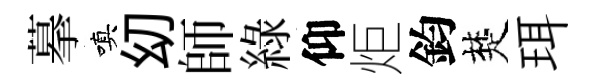
摹嗔㓜師綠仰炬鈞楚珥